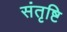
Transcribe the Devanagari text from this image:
संतृष्टि